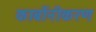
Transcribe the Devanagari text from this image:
कार्बोनीकरण